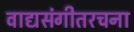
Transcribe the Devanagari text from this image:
वाद्यसंगीतरचना